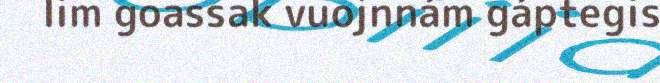
lim goassak vuojnnám gáptegis